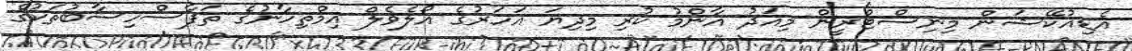
އެޑިއުކޭޝަން މިނިސްޓްރީން މިއަދު އާންމު ކުރި މިދިޔަ އަހަރުގެ އޯލެވެލް އިމްތިހާނުގެ ތަފާސްހިސާބުތަކުގެ